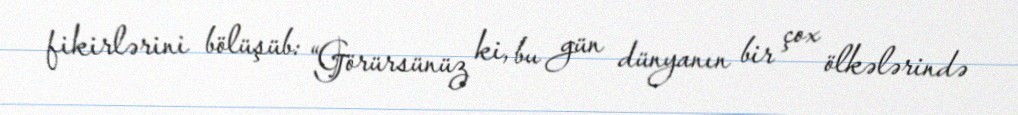
fikirlərini bölüşüb: “Görürsünüz ki, bu gün dünyanın bir çox ölkələrində